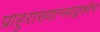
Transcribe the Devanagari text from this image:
प्राहुराख्यान्साद्वश्येन